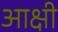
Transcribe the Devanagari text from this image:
आक्षी